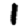
Digit: 1